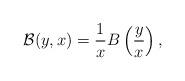
LaTeX: \begin{align*}\mathcal B(y,x)=\frac 1xB\left(\frac yx\right),\end{align*}